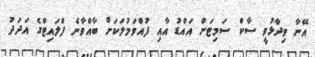
އޭނާ ވިދާޅުވީ ސާކް ސަމިޓަށް އައްޑު އާއި ފުއްވަމުލަކަށް ބާއްވާނެ ފްލައިޓްގެ އަދަދު